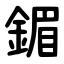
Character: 鎇